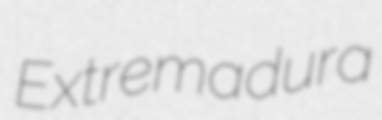
Extremadura